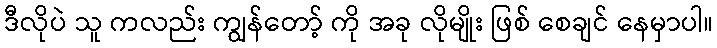
ဒီလိုပဲ သူ ကလည်း ကျွန်တော့် ကို အခု လိုမျိုး ဖြစ် စေချင် နေမှာပါ။